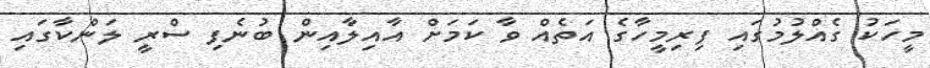
މީހަކު ގެއްލުމުގައި ފިރިމީހާގެ އަތެއް ވާ ކަމަށް އާއިލާއިން ބުނެފި ސްރީ ލަންކާގައި